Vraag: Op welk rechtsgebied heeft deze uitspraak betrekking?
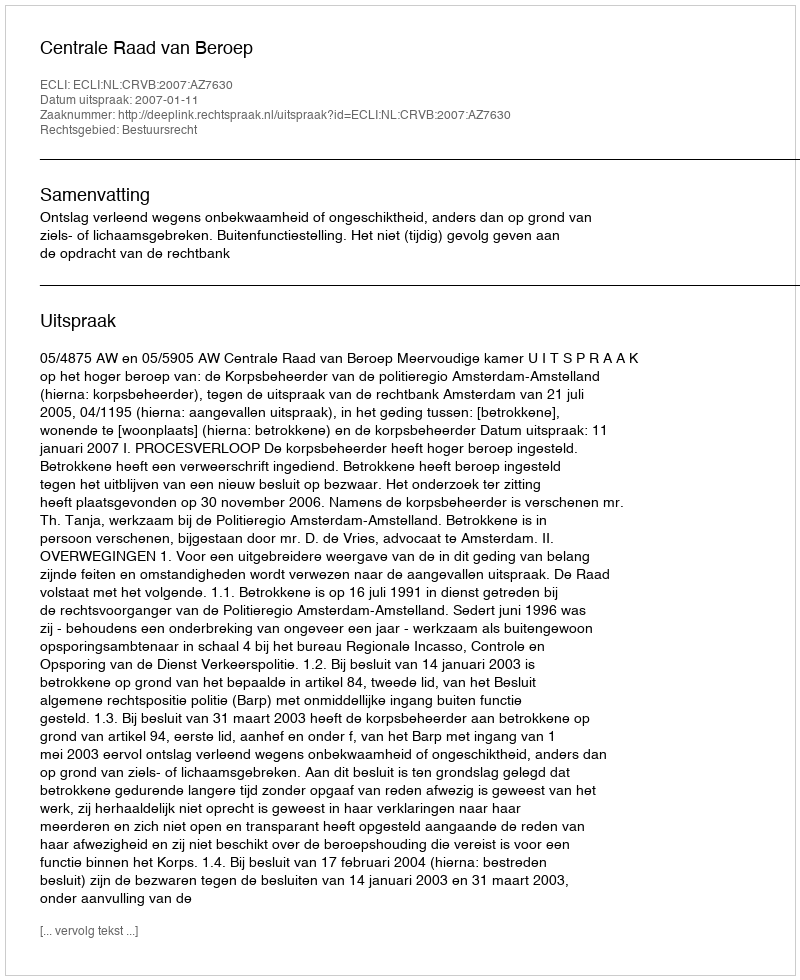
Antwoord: Bestuursrecht